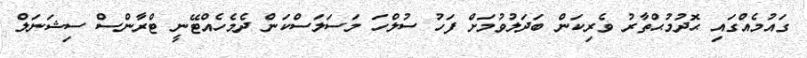
ގައުމެއްގައި ޙޮދުމުޙްތާރު ވެރިކަން ބަދަލުވުމަށް ފަހު ސުލްހަ މަސަލަސްކަން ދެމެހެއްޓޭނީ ޓްރާންސް ސިޝަނަލް